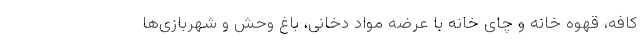
کافه، قهوه خانه و چای خانه با عرضه مواد دخانی، باغ وحش و شهربازی‌ها